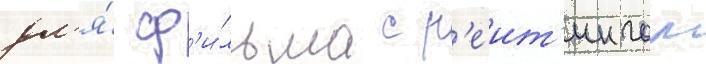
дл'я́ ф'и́льма с р'еит'ингом